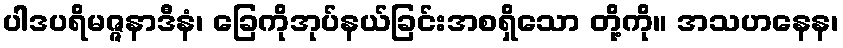
ပါဒပရိမဇ္ဇနာဒီနံ၊ ခြေကိုအုပ်နယ်ခြင်းအစရှိသော တို့ကို။ အသဟနေန၊